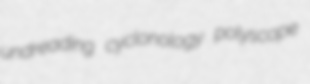
undreading cyclonology polyscope